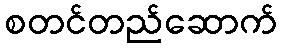
စတင်တည်ဆောက်